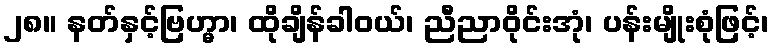
၂၈။ နတ်နှင့်ဗြဟ္မာ၊ ထိုချိန်ခါဝယ်၊ ညီညာဝိုင်းအုံ၊ ပန်းမျိုးစုံဖြင့်၊